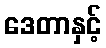
ဒေတာနှင့်